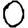
Digit: 0